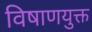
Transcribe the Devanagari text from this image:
विषाणयुक्त